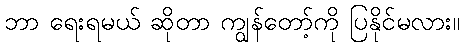
ဘာ ရေးရမယ် ဆိုတာ ကျွန်တော့်ကို ပြနိုင်မလား။